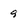
Character: 9